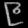
Digit: ၉